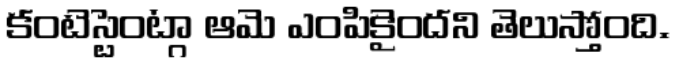
కంటెస్టెంట్గా ఆమె ఎంపికైందని తెలుస్తోంది.